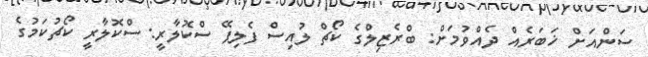
ސަންއަށް ޚަބަރެއް ދެއްވުމަށް: ބްރެޒިލްގެ ކޯޗް ލުއިސް ފެލިޕޭ ސްކޮލާރީ: ސްކޮލާރީ ކޯޗުކަމުގެ